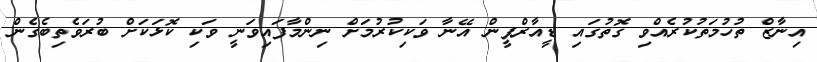
އިނާޒް ތުހުމަތުކުރެއްވި ގޮތުގައި ޑީއާރްޕީން އޭނާ ވަކިކުރުމަށް ނިންމާފައިވަނީ ވަކި ކޮޅަކަށް ބުރަވެތިބެގެން